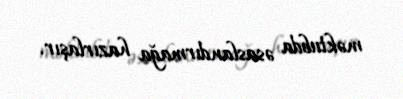
məktubda əsaslandırmağa hazırlaşır.